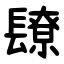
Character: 镽